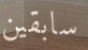
سابقين